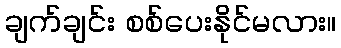
ချက်ချင်း စစ်ပေးနိုင်မလား။